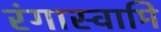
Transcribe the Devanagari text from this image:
रंगास्वामि